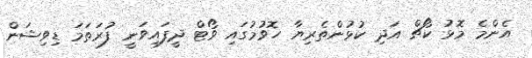
އެންމެ މޮޅު ކޯޗް އަދި ކުޅުންތެރިޔާ ހޮވުމުގައި ވޯޓް ދީފައިވަނީ ފުރަތަމަ ޑިވިޝަން